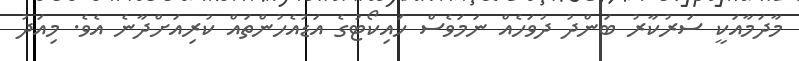
މާދަމާއަކީ ސަރުކާރު ބަންދު ދުވަހެއް ނަމަވެސް ހައިކޯޓުގެ އަޑުއެހުންތައް ކުރިއަށްދާނެ އެވެ. މިއަދު